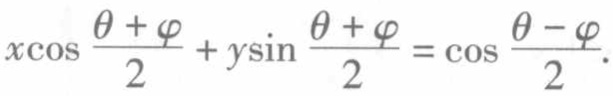
\(x\cos \frac{\theta + \varphi}{2}+y\sin \frac{\theta + \varphi}{2}=\cos \frac{\theta - \varphi}{2}\)